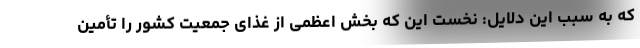
که به سبب این دلایل: نخست این که بخش اعظمی از غذای جمعیت کشور را تأمین